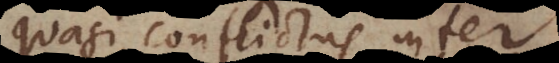
quasi conflictus inter